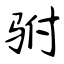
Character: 驸